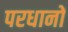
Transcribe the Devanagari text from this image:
परधानों